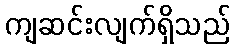
ကျဆင်းလျက်ရှိသည်